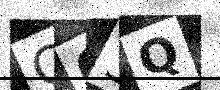
Text: C03Q